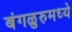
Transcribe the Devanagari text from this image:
बंगळुरुमध्ये